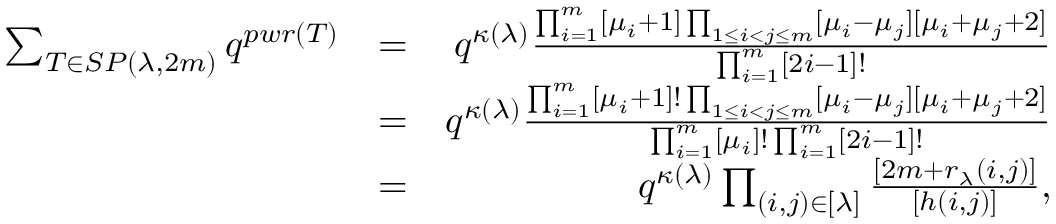
\begin{array} { r l r } { \sum _ { T \in S P ( \lambda , 2 m ) } q ^ { p w r ( T ) } } & { = } & { q ^ { \kappa ( \lambda ) } \frac { \prod _ { i = 1 } ^ { m } [ \mu _ { i } + 1 ] \prod _ { 1 \leq i < j \leq m } [ \mu _ { i } - \mu _ { j } ] [ \mu _ { i } + \mu _ { j } + 2 ] } { \prod _ { i = 1 } ^ { m } [ 2 i - 1 ] ! } } \\ & { = } & { q ^ { \kappa ( \lambda ) } \frac { \prod _ { i = 1 } ^ { m } [ \mu _ { i } + 1 ] ! \prod _ { 1 \leq i < j \leq m } [ \mu _ { i } - \mu _ { j } ] [ \mu _ { i } + \mu _ { j } + 2 ] } { \prod _ { i = 1 } ^ { m } [ \mu _ { i } ] ! \prod _ { i = 1 } ^ { m } [ 2 i - 1 ] ! } } \\ & { = } & { q ^ { \kappa ( \lambda ) } \prod _ { ( i , j ) \in [ \lambda ] } \frac { [ 2 m + r _ { \lambda } ( i , j ) ] } { [ h ( i , j ) ] } , } \end{array}